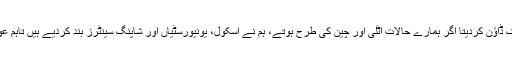
وزیراعظم نے کہا کہ میں آج پورا پاکستان لاک ڈاؤن کردیتا اگر ہمارے حالات اٹلی اور چین کی طرح ہوتے، ہم نے اسکول، یونیورسٹیاں اور شاپنگ سینٹرز بند کردیے ہیں تاہم عوام کو خود اپنے آپ کو لاک ڈاؤن کرنا چاہیے۔